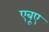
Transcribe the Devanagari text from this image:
एबूए